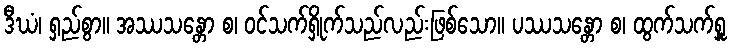
ဒီဃံ၊ ရှည်စွာ။ အဿသန္တော စ၊ ဝင်သက်ရှိုက်သည်လည်းဖြစ်သော။ ပဿသန္တော စ၊ ထွက်သက်ရှူ